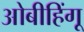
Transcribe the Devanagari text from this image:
ओबीहिंगू